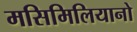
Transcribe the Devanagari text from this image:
मसिमिलियानो